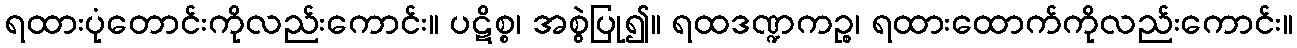
ရထားပုံတောင်းကိုလည်းကောင်း။ ပဋိစ္စ၊ အစွဲပြု၍။ ရထဒဏ္ဍကဉ္စ၊ ရထားထောက်ကိုလည်းကောင်း။